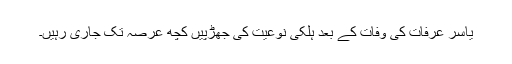
یاسر عرفات کی وفات کے بعد ہلکی نوعیت کی جھڑپیں کچھ عرصہ تک جاری رہیں۔